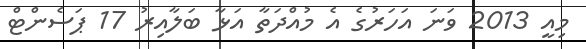
މިއީ 2013 ވަނަ އަހަރުގެ އެ މުއްދަތާ އަޅާ ބަލާއިރު 17 ޕަސެންޓް